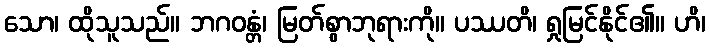
သော၊ ထိုသူသည်။ ဘဂဝန္တံ၊ မြတ်စွာဘုရားကို။ ပဿတိ၊ ရှုမြင်နိုင်၏။ ဟိ၊